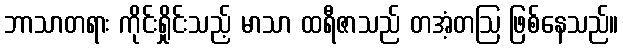
ဘာသာတရား ကိုင်းရှိုင်းသည့် မာသာ ထရီဇာသည် တအံ့တဩ ဖြစ်နေသည်။